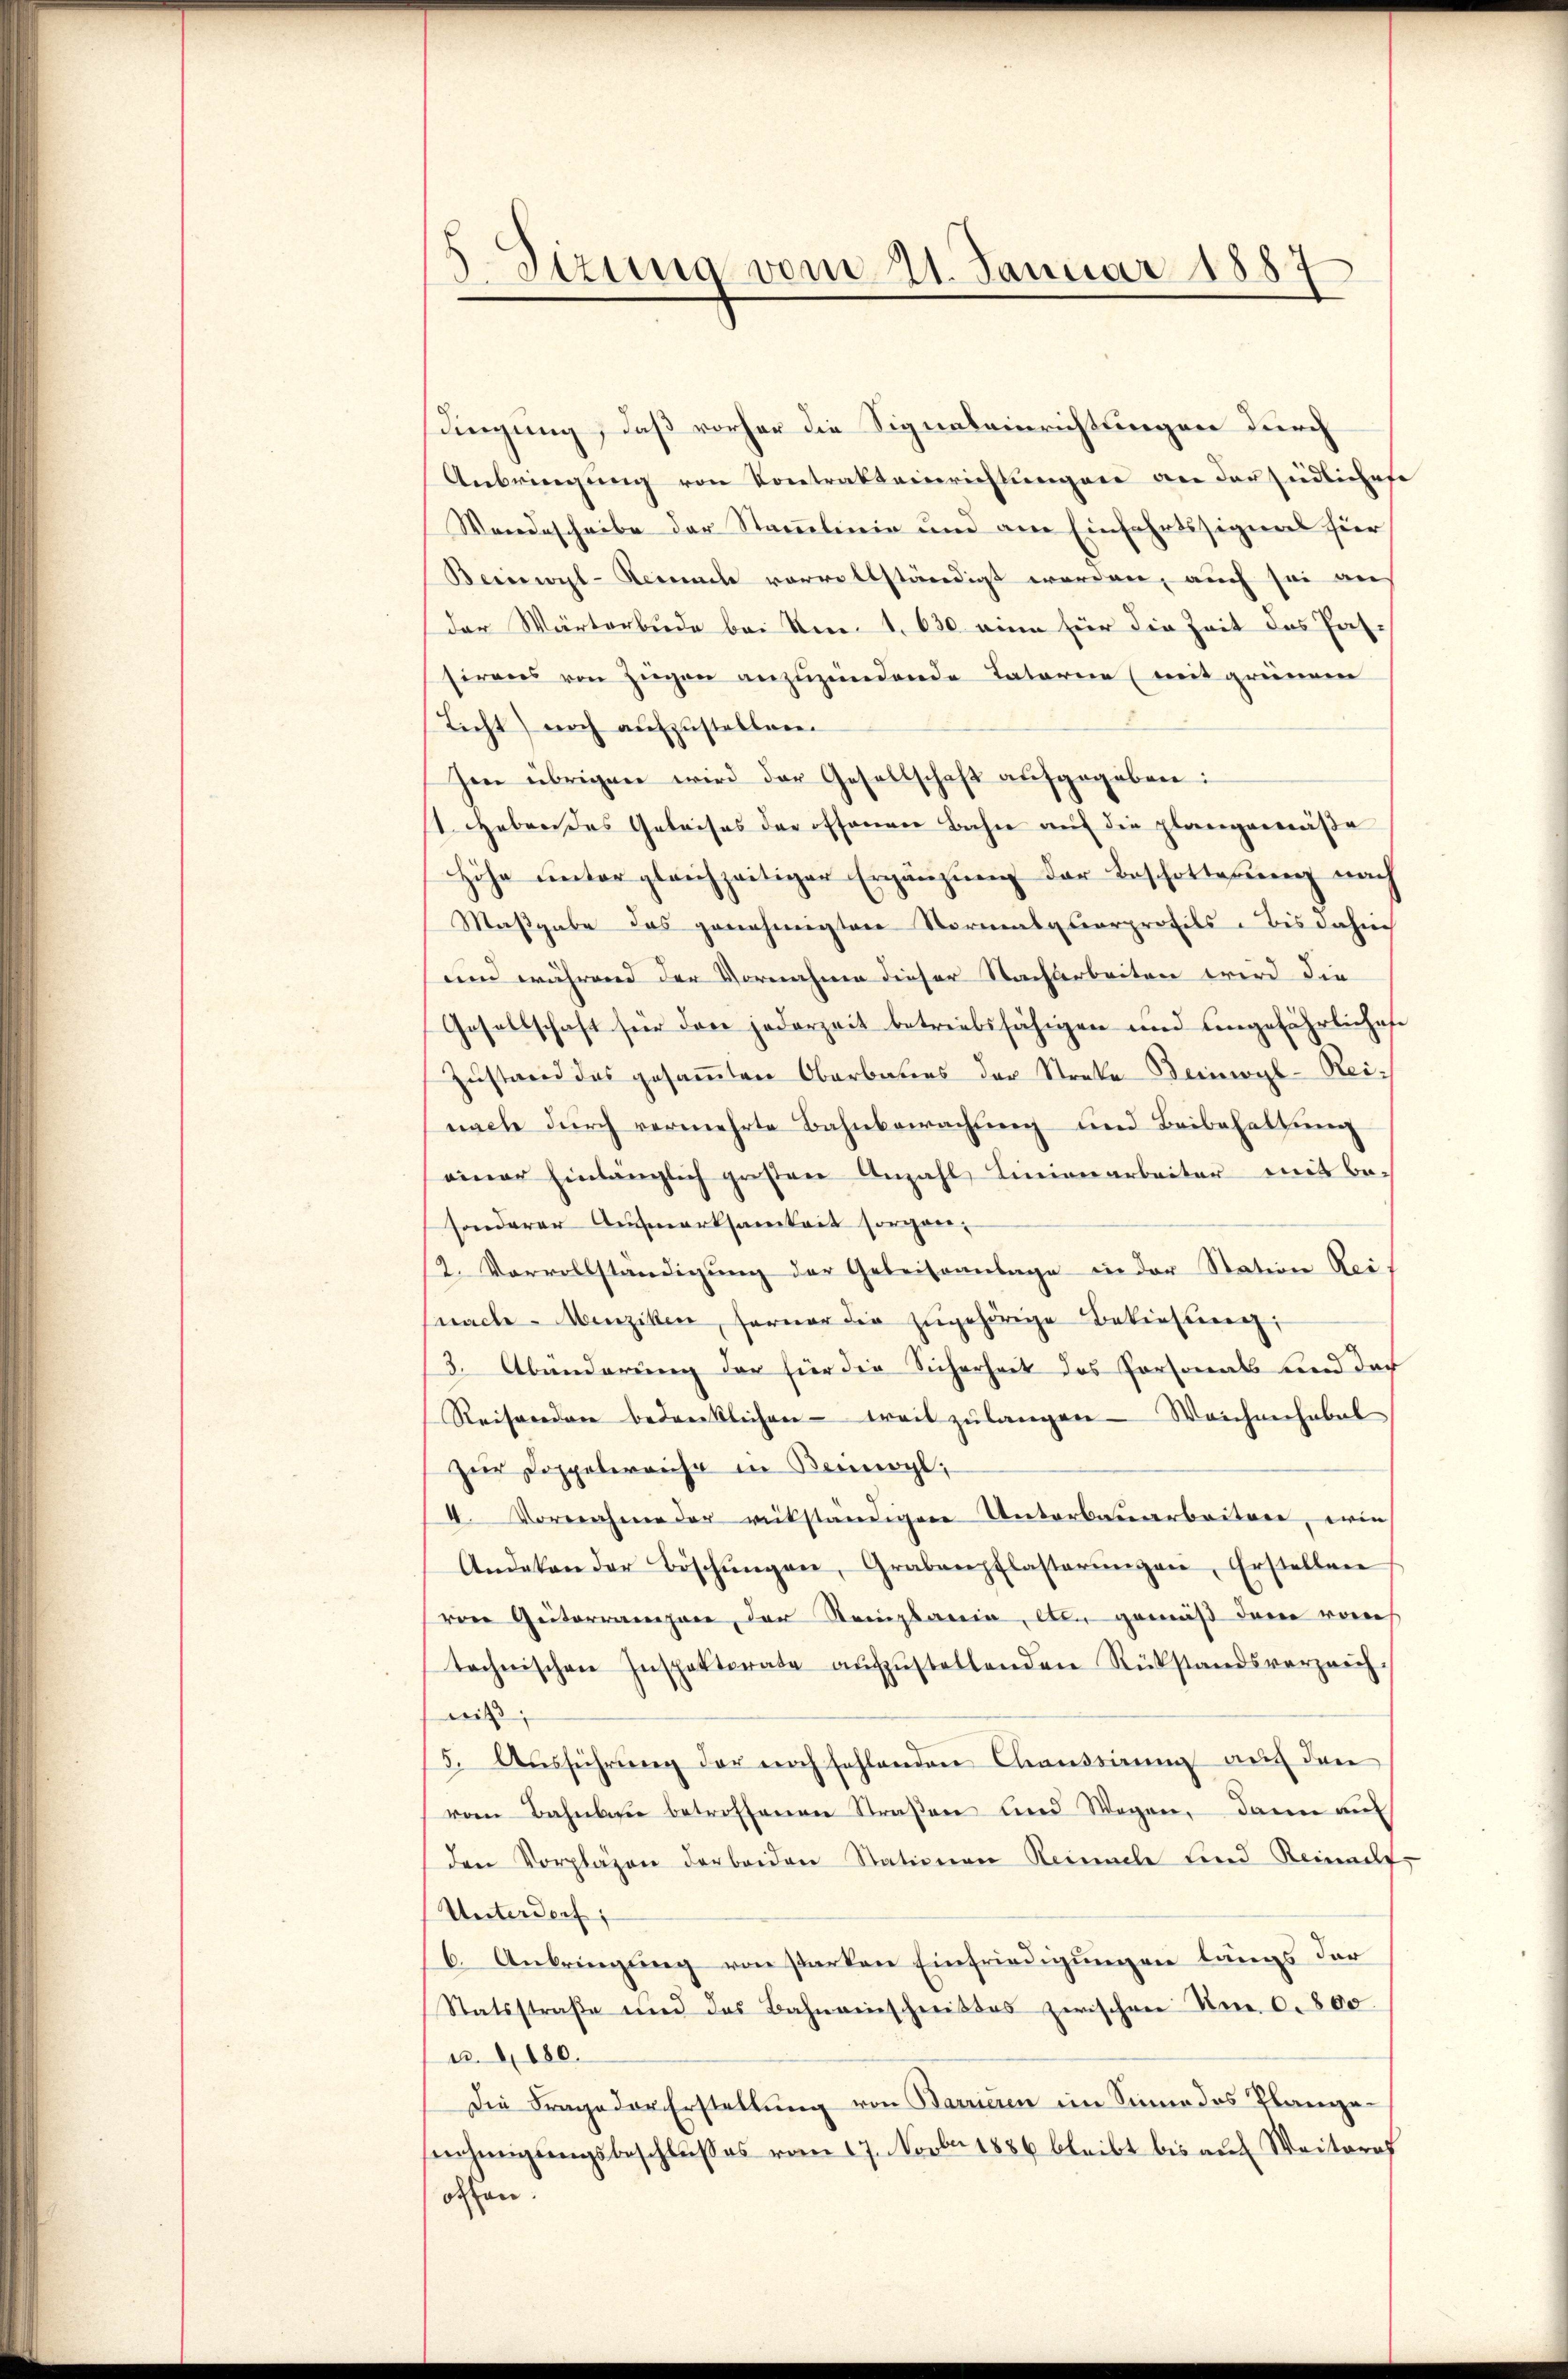
5. Dirung vom 21. Januar 1887
t

dingung, daß vorher die Signaleinrichtungen durch
Anbringung von Kontratseinrichtungen an der südlichese
Wandescheibe der Stammlinie und am Einfahrtssigers hier
Beinwyl-Nemnach vervollständigt werden, auch sei an
der Wärterbude bei den 1. 630 eine für die Zeit des Pas-
sirens von Zügen anzuzündende Tatarie (mit gründen
Licht) noch aufzustellen.
Ien übrigen wird der Gesellschaft aŭfgegeben:
1. Heben des Geleises der offenen Bahn aŭf die plangemäβe
Höhe untergleichzeitiger Ergänzung der Beschotterung nach
Maßgabe das genehmigten Normalquarprofils. Bis dahin
und während der Vornahme dieser Nachbarbeiten wird die
Gesellschaft für den jederzeit betriebsfähigen und angefährliches
Zustand das gesammten Oberbauers der Streke Beinwyl-Reinache durch vermehrte Bahnbewachung und Beibehaltung
einer Einlänglich gesen Anzahl Linienarbeiter mit be-
sonderer Aufmerksamkeit sorgen.
2. Vervollständigŭng der Geleiseanlage in der Station Reimache Menziken, ferner die zugehörige Bekiesung:
3. Abänderung der für die Sicherheit des Personals und der
Reisenden bedrücklichen weit zŭ langen. Weichnerhabel
Zur Doppelerreise in Beinwyl,
4. Vornahme der rückständigere Unterbauarbeitere, einen
Andekan der Böschŭngen, Grabenpflasterŭngen Erstellen
ven Güterrangere, der Remplaria, den gemäß dem vones
technischen Inspektorate aŭfzŭstellenden Rükstandsverzeich
niß;
5. Aŭsführŭng der noch fehlenden Chausserung auch den
vom Bahnbau betroffenen Straßen und Wagen, dann au
den Vorpläzen der beiden Stationen Reinacle und Reinacht,
Unterdorf;
6. Anbringung von starken Einfriedigungen längs der
Statsstraβe und das Bahnmenschnittes zwischen Um 6. 800.
u. 180.
Die Frage der Erstellung von Barrieren im Sinne des Plangenehmigungsbeschlußes vom 17. Novber 1886 bleibt bis auf Weiterof
offen.